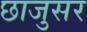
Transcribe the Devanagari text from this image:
छाजुसर